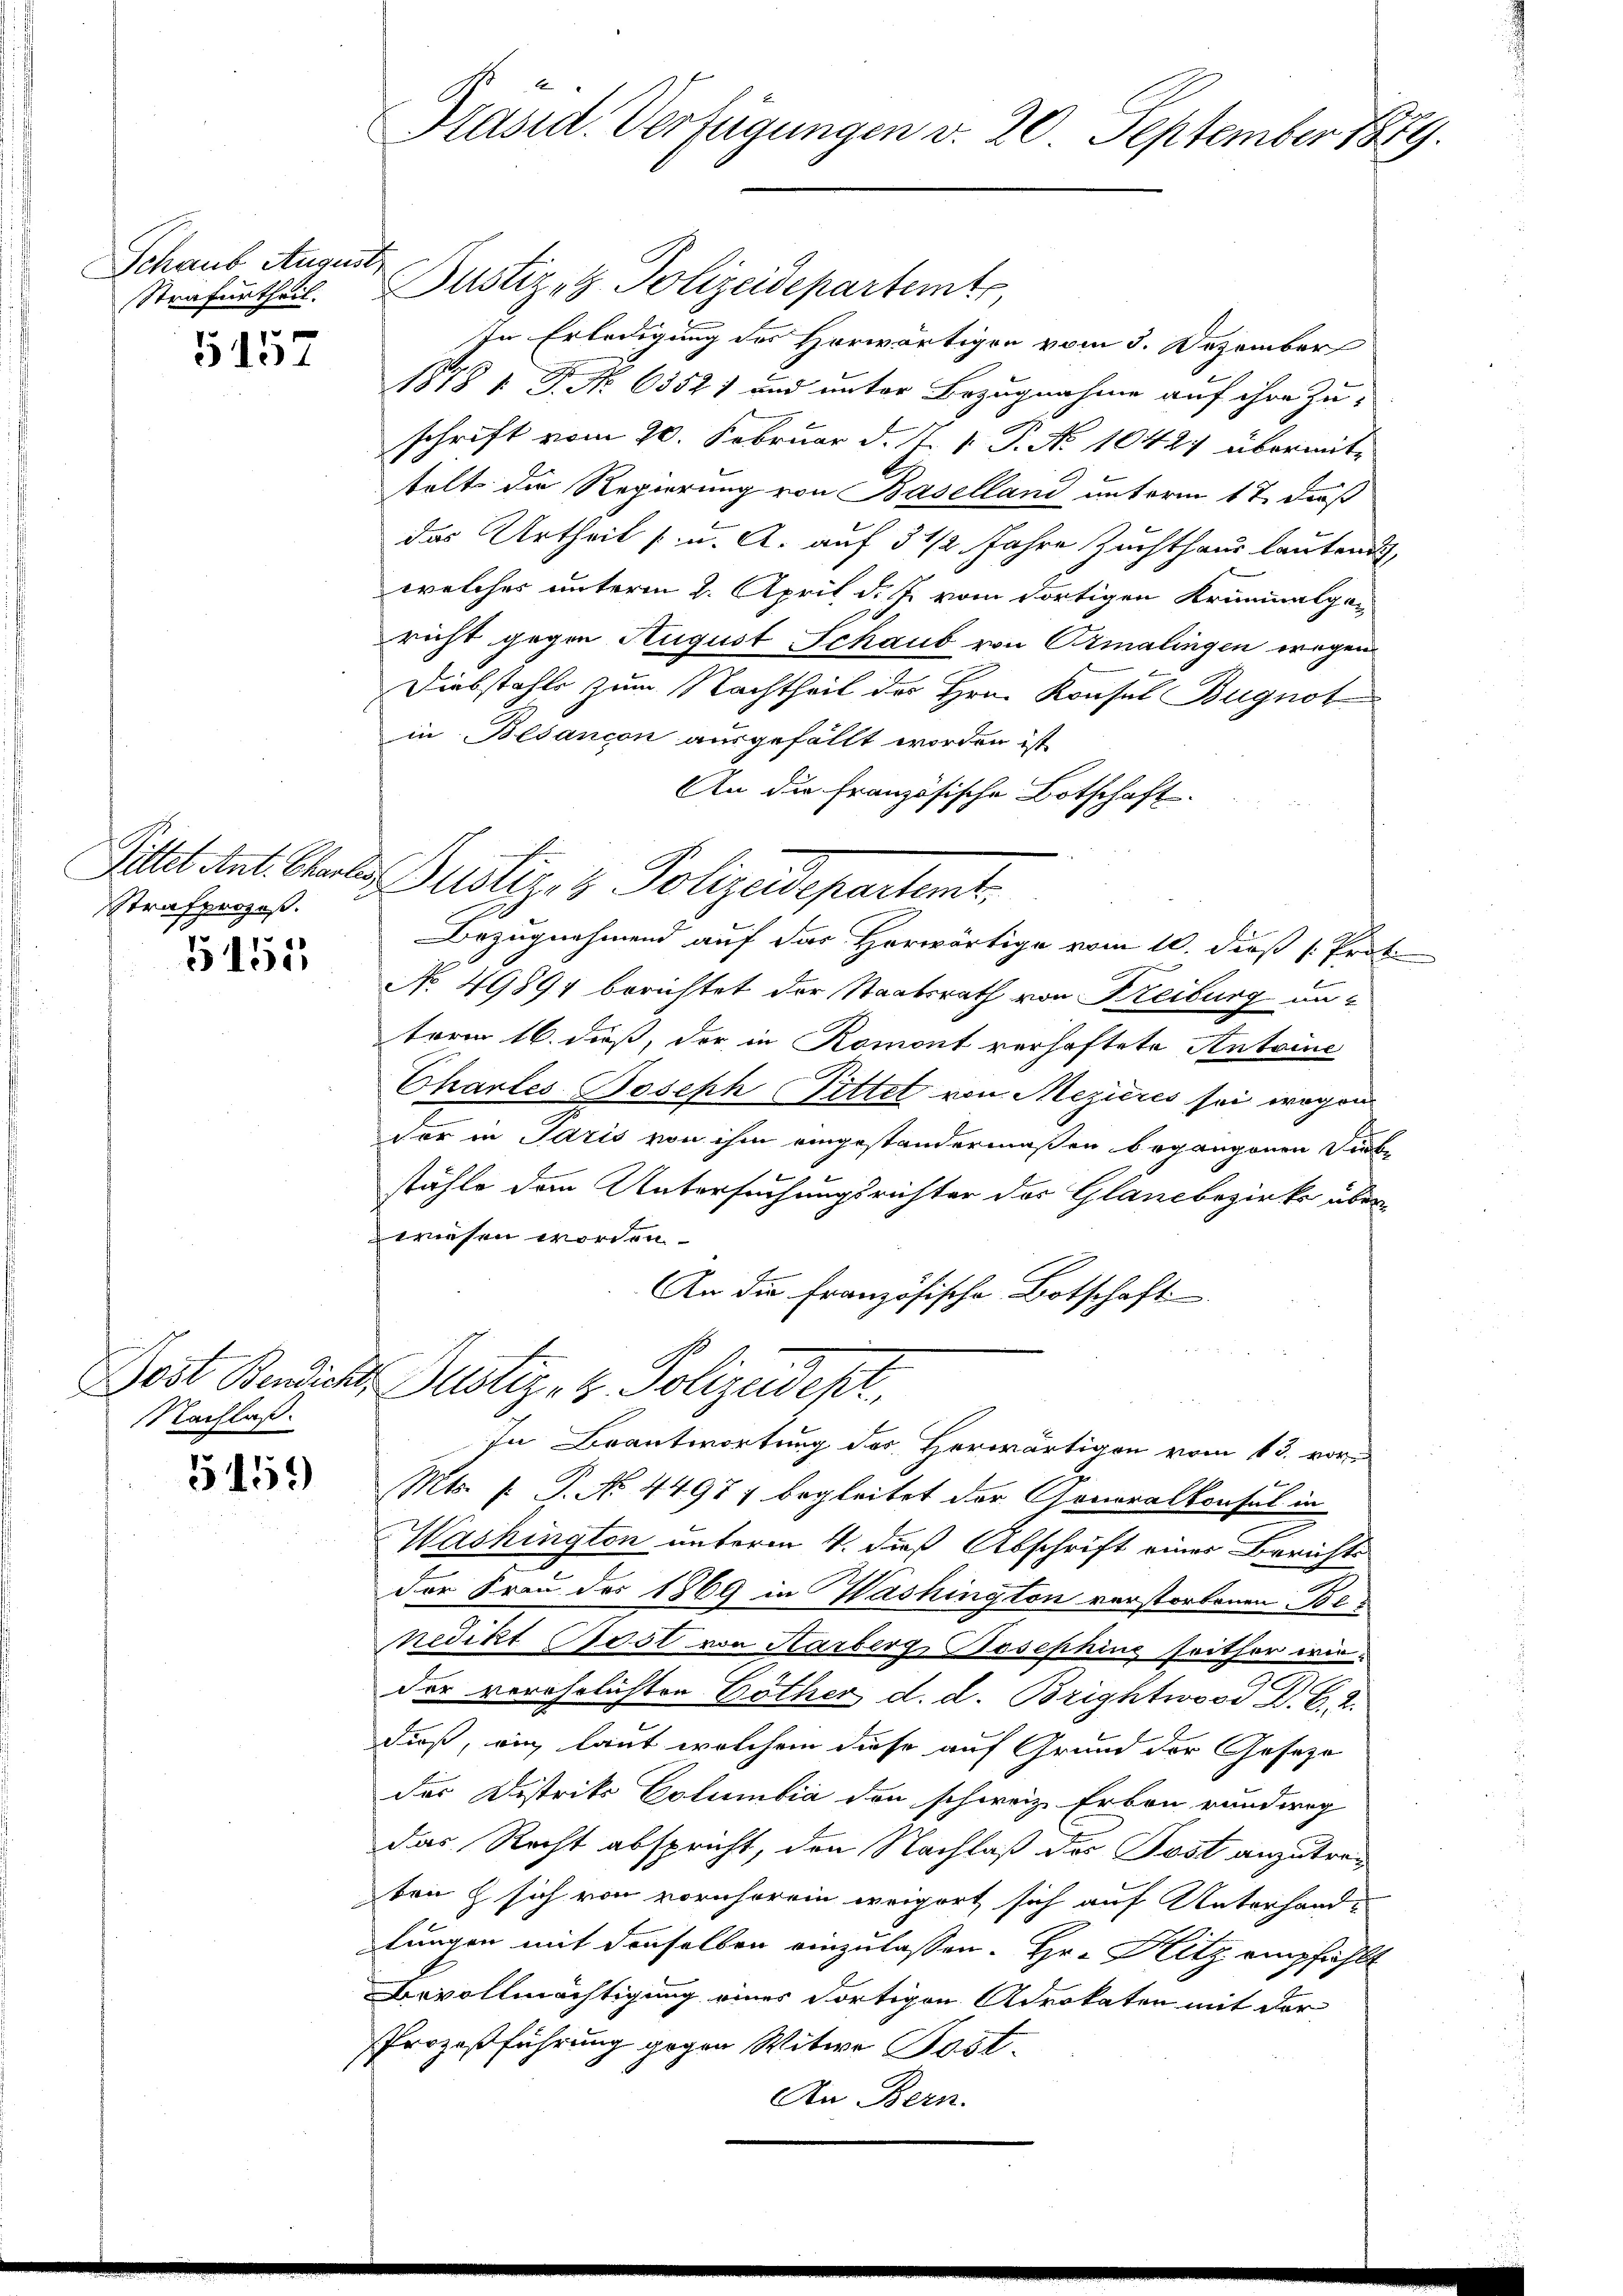
Schaus August

5157

Strafprozeß.

G152

Nachlaß.

5159

Präsid. Verfügungen v. 20. September 1889.

In Erledigung des Horwärtigen vom 3. Dezember
1878 1. P. No 63521 und unter Bezugnahme auf ihre Zu-
x
schrift vom 20. Februar d. J. V. P. Nr. 1042 übermittelt die Regierung von Baselland unterm 17. daß
das Urtheil [ u. A. auf 3 1/2 Jahre Zuchthaus lautend
welches unterm 2. April d. J. vom dortigen Kriminalgen
richt gegen August Schaub von Ormalingen wegen
Diebstahls zum Nachtheil der Hrn. Konsul Bugnot
in Besancon ausgefällt worden ist,
An die Französische Botschaft.
Sittet hat. Stunde Justiz & Polizeidepartemt.
Bezugnehmend auf das Horwärtige vom 10. dieß [Prot.
No 49894 berichtet der Staatsrath von Freiburg unterm 16. dieß, der in Romont verhaftete Antoine
Chartes Boseph Bittet von Mezières sei, wogen
Der in Paris von ihm eingestandermaßen begangenen Diebf
stähle den Untersuchungsrichter des Glancbezirks überwiesen worden
An die französische Botschaft
Gost Bendlicht Zustiz- & Polizeidept
In Beantwortung des Herwärtigen vom 13. vor
Mts. f. P. No. 4497 ; begleitet der Generalkonsul in
Washington unterm 4. dieß Abschrift einer Berichtsder Fran der 1869 in Washington verstorbenen Benedikt Post von Harberg, Josephing seither wien
der verehrlichten Göther d. d. Brightwood D. B. 2.
duß, wie laut welchem diese auf Grund der Geseze
der Distriks Columbia den schweiz. Erben randweg
das Recht abspricht, den Nachlaß des Post anzutrekon & sich von vornherein weigert sich auf Unterhand-
lungen mit denselben einzulassen. Hr. Hitz empfählt
Bevollmächtigung eines dortigen Advokaten mit der
Prozeßführung gegen Witwe Post.
An Bern.

Strafurtheil. Justiz- & Polizeidepartemt